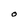
Character: O